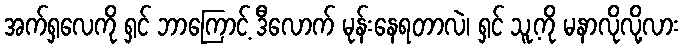
အက်ရှလေကို ရှင် ဘာကြောင့် ဒီလောက် မုန်းနေရတာလဲ၊ ရှင် သူ့ကို မနာလိုလို့လား